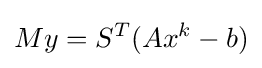
My=S^{T}(Ax^{k}-b)